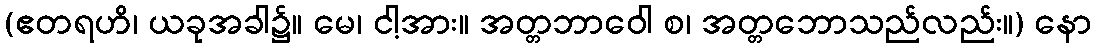
(ဧတရဟိ၊ ယခုအခါ၌။ မေ၊ ငါ့အား။ အတ္တဘာဝေါ စ၊ အတ္တဘောသည်လည်း။) နော